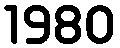
1980